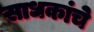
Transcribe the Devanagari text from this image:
साधकांचे